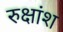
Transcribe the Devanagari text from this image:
रुक्षांश